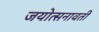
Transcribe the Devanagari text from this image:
जयोत्सनावती